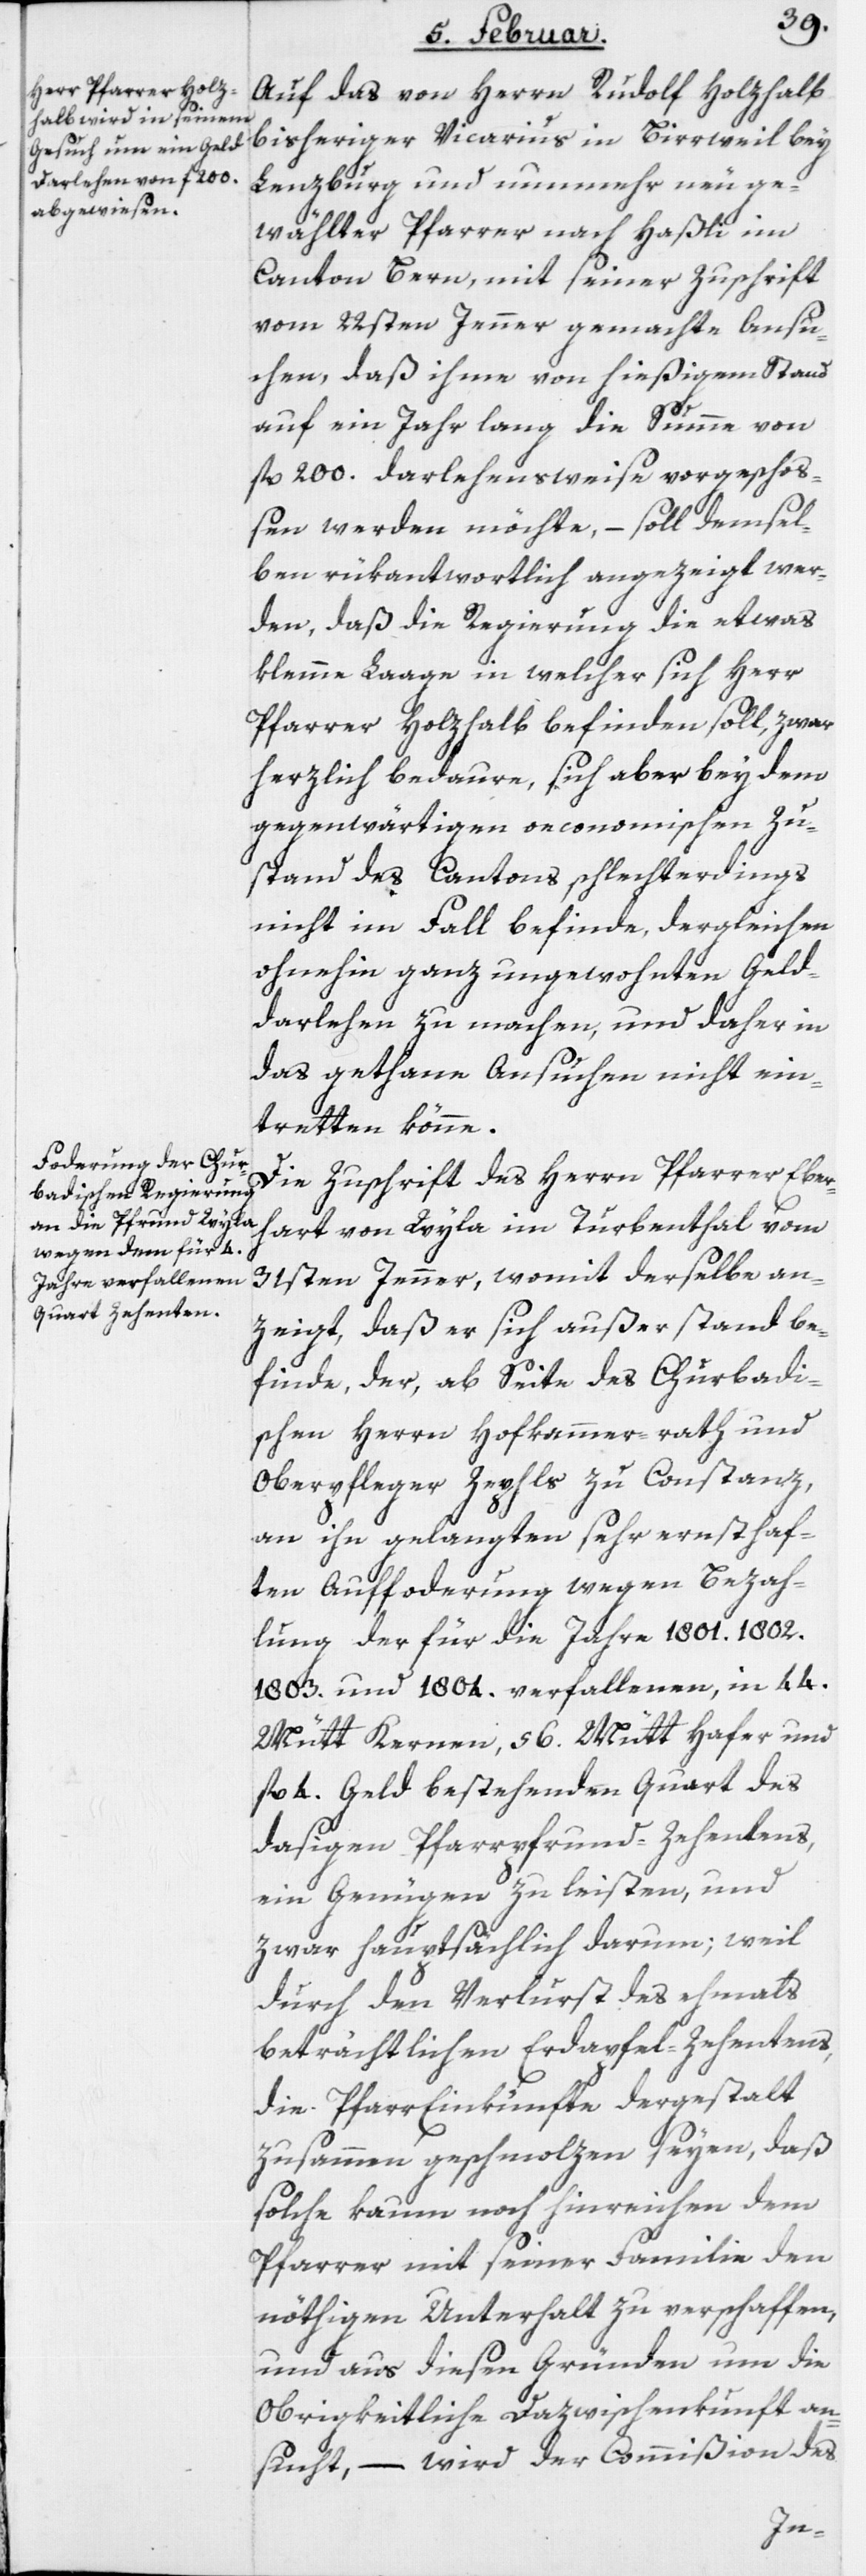
Auf das von Herrn Rudolf Holzhalb
bisheriger Vicarius in Birrweil bey
Lenzburg und nunmehr neu ge¬
wählter Pfarrer nach Haßli im
Canton Bern, mit seiner Zuschrift
vom 22sten Jenner gemachte Ansu¬
chen, daß ihme von hießigem Stand
auf ein Jahr lang die Summe von
fl 200. darlehensweise vorgeschos¬
sen werden möchte, – soll demsel¬
ben rükantwortlich angezeigt wer¬
den, daß die Regierung die etwas
klemme Laage, in welcher sich Herr
Pfarrer Holzhalb befinden soll, zwar
herzlich bedaure, sich aber bey dem
gegenwärtigen oeconomischen Zu¬
stand des Cantons schlechterdings
nicht im Fall befinde, dergleichen
ohnehin ganz ungewohnten Geld¬
darlehen zu machen, und daher in
das gethane Ansuchen nicht ein¬
tretten könne.
Die Zuschrift des Herrn Pfarrer Eber¬
hart von Wyla im Turbenthal vom
31sten Jenner, womit derselbe an¬
zeigt, daß er sich außer stand be¬
finde, der, ab Seite des Churbadi¬
schen Herrn Hofkammer-rath und
Oberpfleger Zepfls zu Constanz,
an ihn gelangten sehr ernsthaf¬
ten Aufforderung wegen Bezah¬
lung der für die Jahre 1801.[,]
1803. und 1804. verfallenen, in 44.
Mütt Kernen, 56. Mütt Hafer und
fl 4. Geld bestehenden Quart des
dasigen Pfarrpfrund-Zehentens,
ein Genügen zu leisten, und
zwar hauptsächlich darum; weil
durch den Verlurst des ehemals
beträchtlichen Erdapfel-Zehentens,
die Pfarr[-]Einkünfte dergestalt
zusammen geschmolzen seyen, daß
solche kaum noch hinreichen dem
Pfarrer mit seiner Familie den
nöthigen Unterhalt zu verschaffen,
und aus diesen Gründen um die
Obrigkeitliche Dazwischenkunft an¬
sucht, – wird der Commißion des